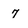
Character: 7